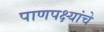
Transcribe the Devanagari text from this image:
पाणपक्ष्यांचे